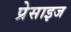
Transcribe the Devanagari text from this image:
प्रेसाइज